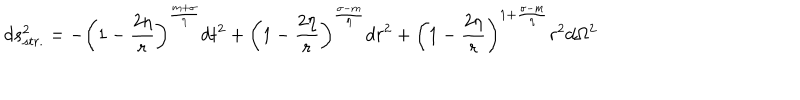
LaTeX: d s _ { s t r . } ^ { 2 } = - \left( 1 - \frac { 2 \eta } { r } \right) ^ { \frac { m + \sigma } { \eta } } d t ^ { 2 } + \left( 1 - \frac { 2 \eta } { r } \right) ^ { \frac { \sigma - m } { \eta } } d r ^ { 2 } + \left( 1 - \frac { 2 \eta } { r } \right) ^ { 1 + \frac { \sigma - m } { \eta } } r ^ { 2 } d \Omega ^ { 2 }